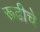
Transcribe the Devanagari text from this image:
रूढीचे